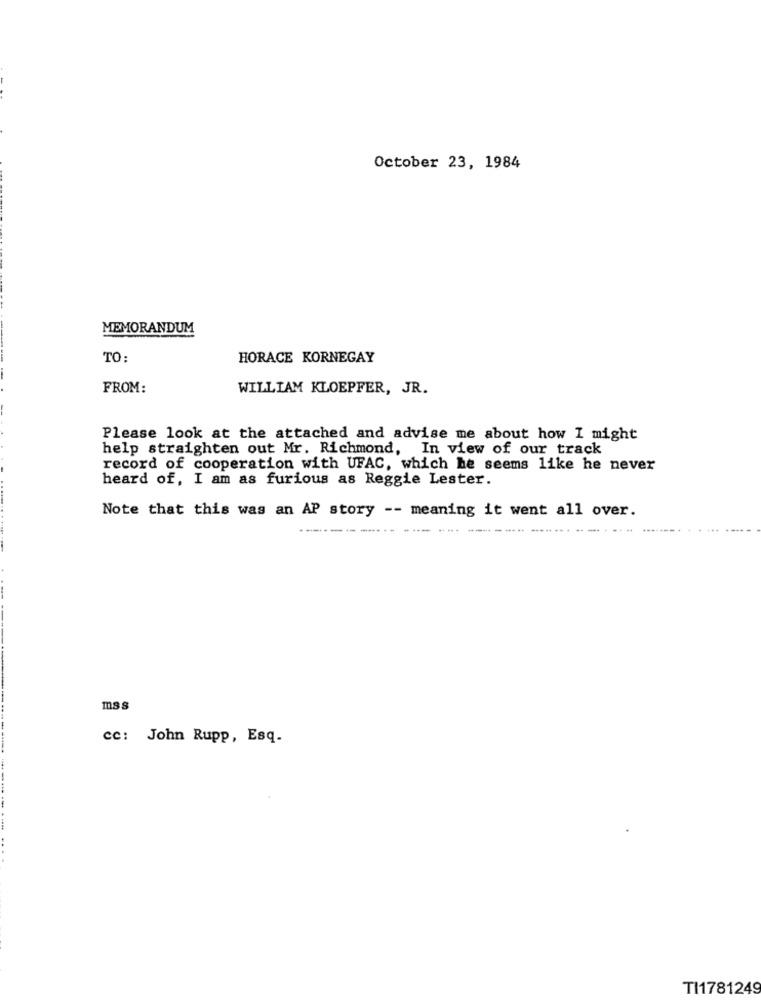
October 23, 1984
MEMORANDUM
TO:
HORACE KORNEGAY
FROM:
WILLIAM KLOEPFER, JR.
Please look at the attached and advise me about how I might
help straighten out Mr. Richmond, In view of our track
record of cooperation with UFAC, which he seems like he never
heard of, I am as furious as Reggie Lester.
Note that this was an AP story -- meaning it went all over.
mss
cc: John Rupp, Esq.
TI1781249